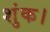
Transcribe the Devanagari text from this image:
शुंक।